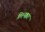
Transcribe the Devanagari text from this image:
तिरुनक्करा